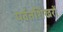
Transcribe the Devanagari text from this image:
पर्वतशिखरों